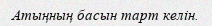
Атыңның басын тарт келін.